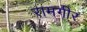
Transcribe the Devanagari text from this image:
रामगीर